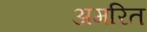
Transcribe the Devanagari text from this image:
अमरित